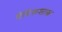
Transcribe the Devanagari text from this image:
वैदिकशास्त्र